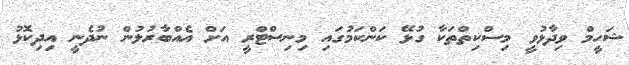
ޝަހީމް ވިދާޅުވީ މިސްކިތްތަކާ ގުޅޭ ކަންކަމުގައި މިނިސްޓްރީ އަށް އެއްބާރުލުން ނުދެނީ އިދިކޮޅު